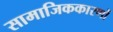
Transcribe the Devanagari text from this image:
सामाजिककारणों